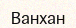
Ванхан